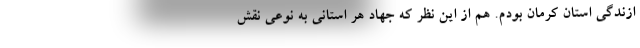
ازندگی استان کرمان بودم. هم از این نظر که جهاد هر استانی به نوعی نقش